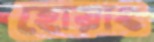
হোয়াং